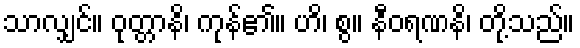
သာလျှင်။ ဝုတ္တာနိ၊ ကုန်၏။ ဟိ၊ စွ။ နီဝရဏနိ၊ တို့သည်။